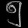
Digit: ၅